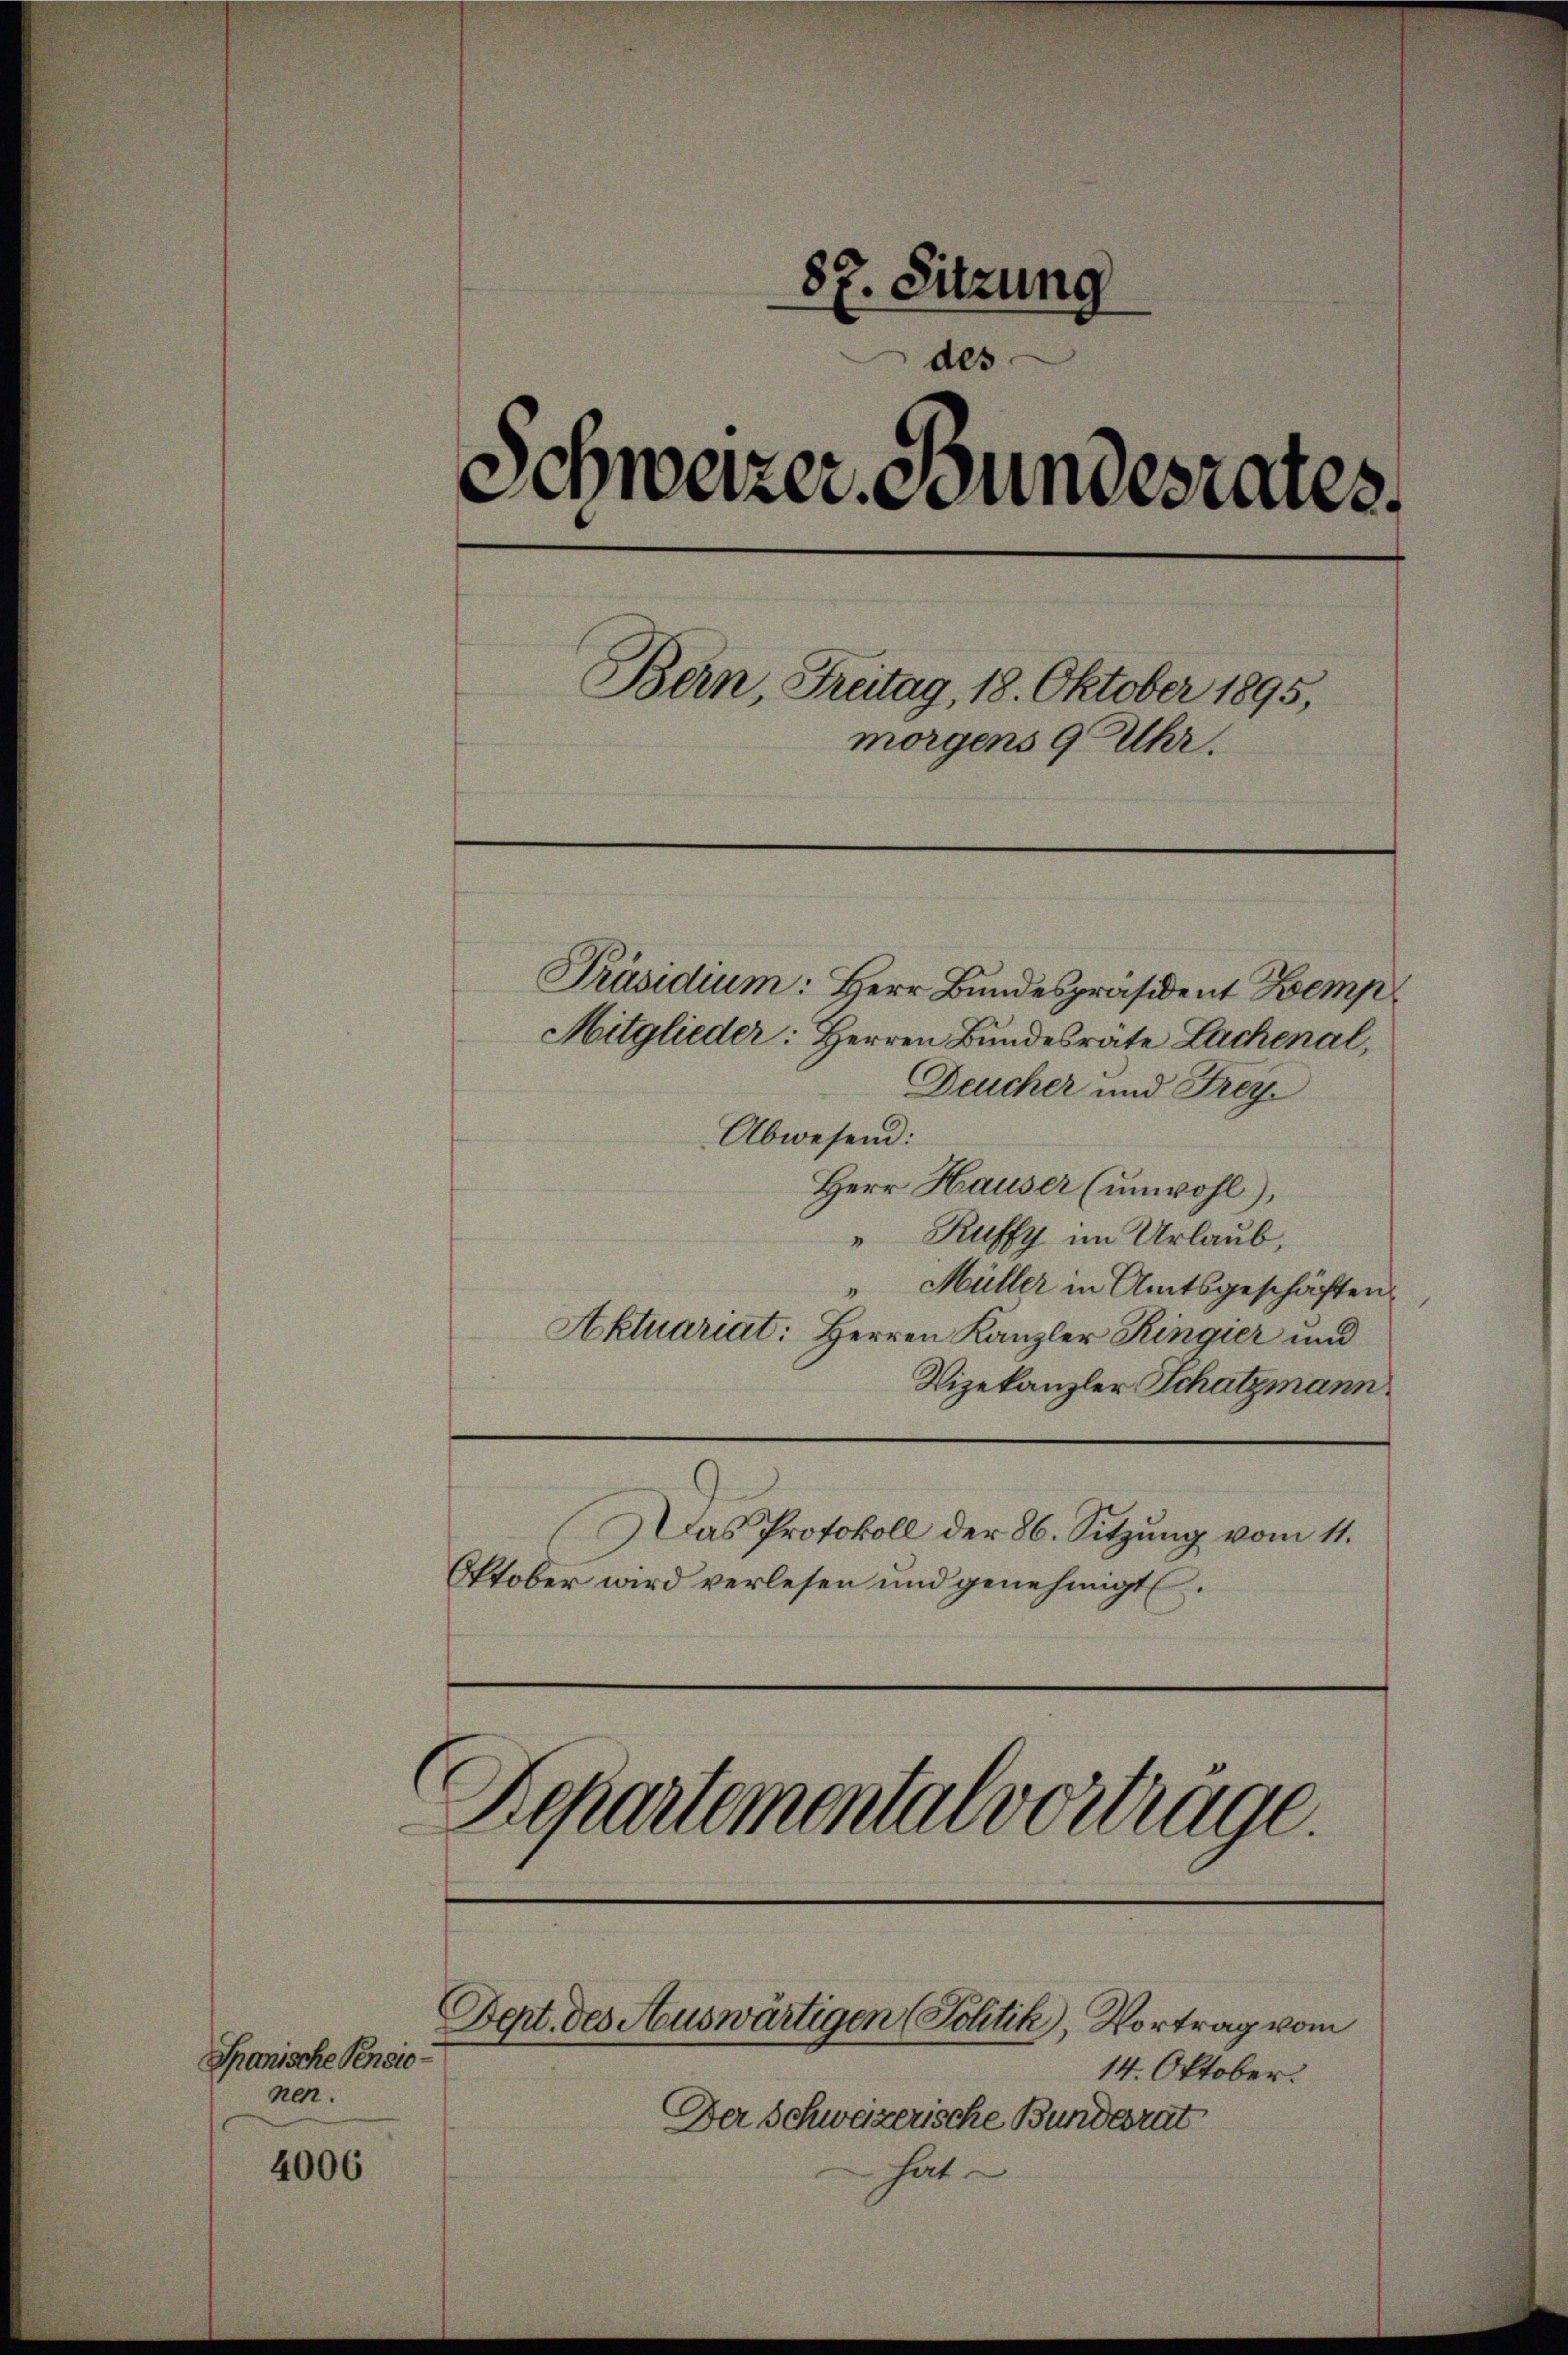
Jhanische Pensio
nen.

4006

87. Sitzung
des
Schweizer Grundesrates.
Bern Freitag, 18. Oktober 1895,
morgens 9 Uhr.

Präsidium: Herr Bundespräsident Kemp
Mitglieder: Herren Bundesrate Lachenal,
Deucher und Frey
Abwesend:
Herr Hauser (unwohl),
" Ruffy im Urlaub,
" Müller in Amtsgeschäften
Aktuariat: Herren Kanzler Ringier und
Vizekanzler Schatzmann
Das Protokoll der 86. Sitzung vom 11.
Oktober wird verlesen und genehmigt.

14. Oktober.
Der Schweizerische Bunderat
hat.

Departementalvertrage.

Dept. des Auswärtigen (Politik), Vortrag vom